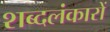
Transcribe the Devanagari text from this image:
शब्दलंकारों